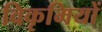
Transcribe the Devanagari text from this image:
विकृमियों